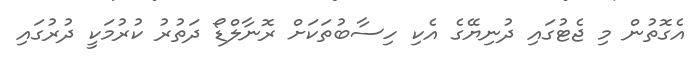
އެގޮތުން މި ޖެޓުގައި ދުނިޔޭގެ އެކި ހިސާބުތަކަށް ރޮނާލްޑޯ ދަތުރު ކުރުމަކީ ދުރުގައި